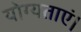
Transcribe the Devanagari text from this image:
योग्यताएं।